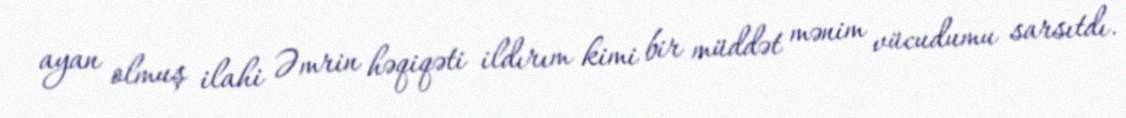
ayan olmuş ilahi Əmrin həqiqəti ildırım kimi bir müddət mənim vücudumu sarsıtdı.